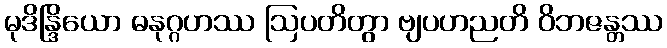
မုဒိန္ဒြိယော ဓနုဂ္ဂဟဿ ဩပတိတွာ ဗျပဟညတိ ဝိဘဇန္တဿ